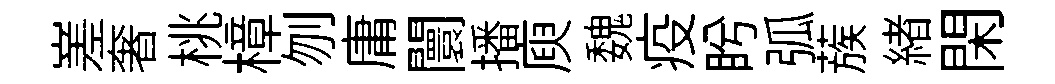
嵳奢桃樟刎庸闤播庾魏疫盻弧蔟緖閑